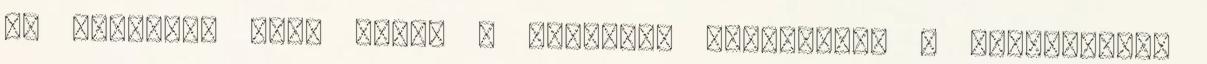
az udvarba, ahol éppen a törkölyt gyűjtötték a konténerbe,